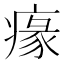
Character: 𤸁